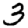
Digit: 3